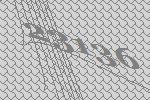
23136